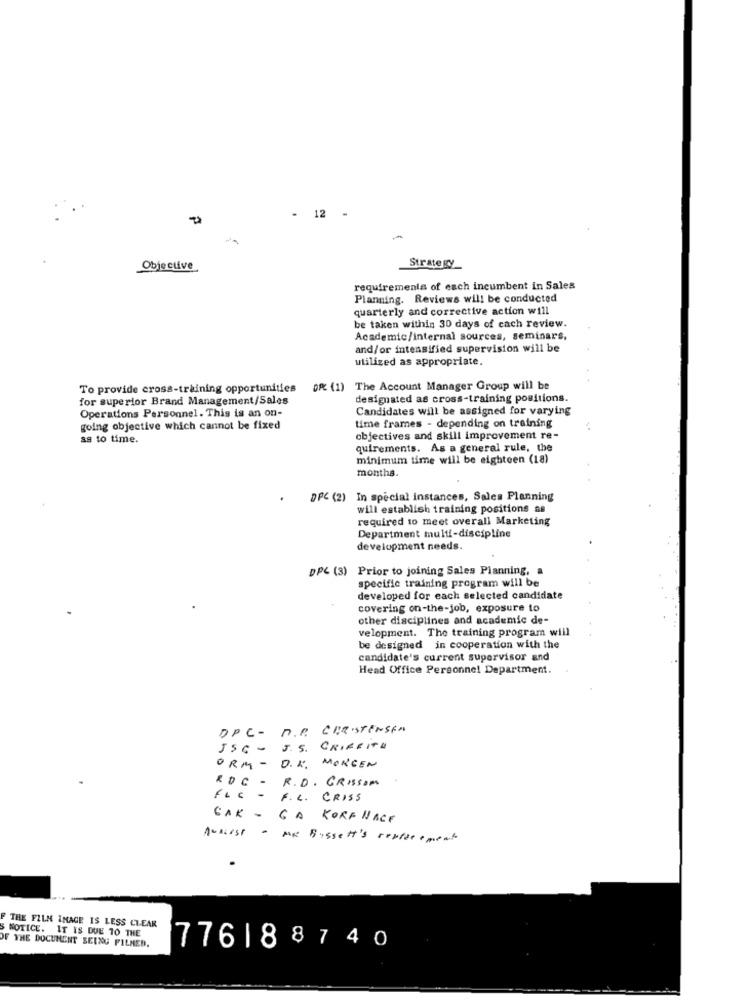
- 12 -
Objective
Strategy
requirements of each incumbent in Sales
Planning. Reviews will be conducted
quarterly and corrective action will
be taken within 30 days of cach review.
Academic/internal sources, seminars,
and/or intensified supervision will be
utilized as appropriate.
To provide cross-training opportunities
DR (1) The Account Manager Group will be
for superior Brand Management/Sales
designated as cross-training positions.
Operations Personnel. This is an on-
Candidates will be assigned for varying
time frames - depending on training
going objective which cannot be fixed
as to time.
objectives and skill improvement re-
quirements. As a general rule, the
minimum time will be eighteen (18)
months.
DFC (2) In special instances, Sales Planning
will establish training positions as
required to meet overall Marketing
Department multi-discipline
development needs.
DPC (3) Prior to joining Sales Planning, a
specific training program will be
developed for each selected candidate
covering on-the-job, exposure to
other disciplines and academic de-
velopment. The training program will
be designed in cooperation with the
candidate's current supervisor and
Head Office Personnel Department.
DPC- D.P. CHRISTENSEN
JSC - J.S.
GRIFFITH
ORM - D.K.
MORGEN
R. D . GRISSOM
ROC -
FLC - F. L. CRISS
CAK - GA KORF HACE
Acsiist - MR Bussett's repite amente
F THE FILM IMAGE IS LESS CLEAR
NOTICE. IT IS DUE 10 THE
OF THE DOCUMENT BEING FILMED.
776188740